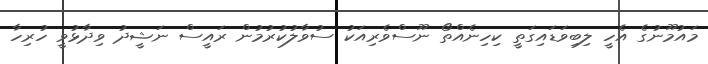
މައުމޫނުގެ އެހީ ލިބިވަޑައިގަތީ ކިހިނެއްތޯ ނޫސްވެރިއަކު ސުވާލުކުރުމުން ރައީސް ނަޝީދު ވިދާޅުވީ ހުރިހާ